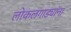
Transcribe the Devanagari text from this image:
लोकलगाड्यांना